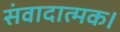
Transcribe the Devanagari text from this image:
संवादात्मक।